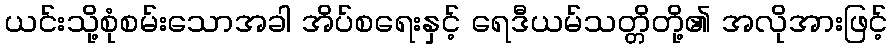
ယင်းသို့စုံစမ်းသောအခါ အိပ်စရေးနှင့် ရေဒီယမ်သတ္တိတို့၏ အလိုအားဖြင့်